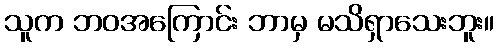
သူက ဘဝအကြောင်း ဘာမှ မသိရှာသေးဘူး။